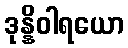
ဒုန္နိဝါရယော